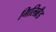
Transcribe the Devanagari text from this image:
गिलिब्रँड